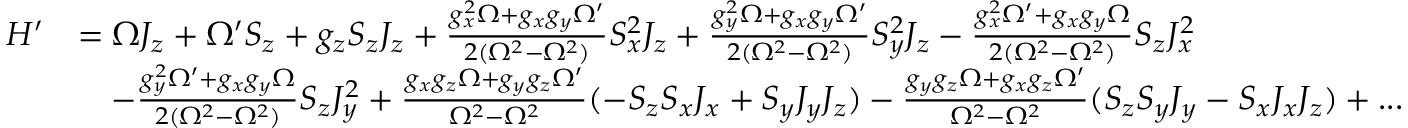
\begin{array} { r l } { H ^ { \prime } } & { = \Omega J _ { z } + \Omega ^ { \prime } S _ { z } + g _ { z } S _ { z } J _ { z } + \frac { g _ { x } ^ { 2 } \Omega + g _ { x } g _ { y } \Omega ^ { \prime } } { 2 ( \Omega ^ { 2 } - \Omega ^ { 2 } ) } S _ { x } ^ { 2 } J _ { z } + \frac { g _ { y } ^ { 2 } \Omega + g _ { x } g _ { y } \Omega ^ { \prime } } { 2 ( \Omega ^ { 2 } - \Omega ^ { 2 } ) } S _ { y } ^ { 2 } J _ { z } - \frac { g _ { x } ^ { 2 } \Omega ^ { \prime } + g _ { x } g _ { y } \Omega } { 2 ( \Omega ^ { 2 } - \Omega ^ { 2 } ) } S _ { z } J _ { x } ^ { 2 } } \\ & { \quad - \frac { g _ { y } ^ { 2 } \Omega ^ { \prime } + g _ { x } g _ { y } \Omega } { 2 ( \Omega ^ { 2 } - \Omega ^ { 2 } ) } S _ { z } J _ { y } ^ { 2 } + \frac { g _ { x } g _ { z } \Omega + g _ { y } g _ { z } \Omega ^ { \prime } } { \Omega ^ { 2 } - \Omega ^ { 2 } } ( - S _ { z } S _ { x } J _ { x } + S _ { y } J _ { y } J _ { z } ) - \frac { g _ { y } g _ { z } \Omega + g _ { x } g _ { z } \Omega ^ { \prime } } { \Omega ^ { 2 } - \Omega ^ { 2 } } ( S _ { z } S _ { y } J _ { y } - S _ { x } J _ { x } J _ { z } ) + . . . } \end{array}